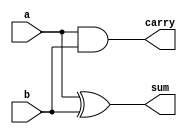
`timescale 1ns / 1ps
//////////////////////////////////////////////////////////////////////////////////
// Company: 
// Engineer: 
// 
// Design Name: 
// Module Name: ha
// Project Name: 
// Target Devices: 
// Tool Versions: 
// Description: 
// 
// Dependencies: 
// 
// Revision:
// Revision 0.01 - File Created
// Additional Comments:
// 
//////////////////////////////////////////////////////////////////////////////////


module HA(a,b,sum,carry);
input a,b;
output sum,carry;
xor x1(sum,a,b);
and x2(carry,a,b);
endmodule